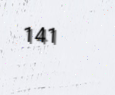
141